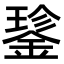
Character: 𮢝